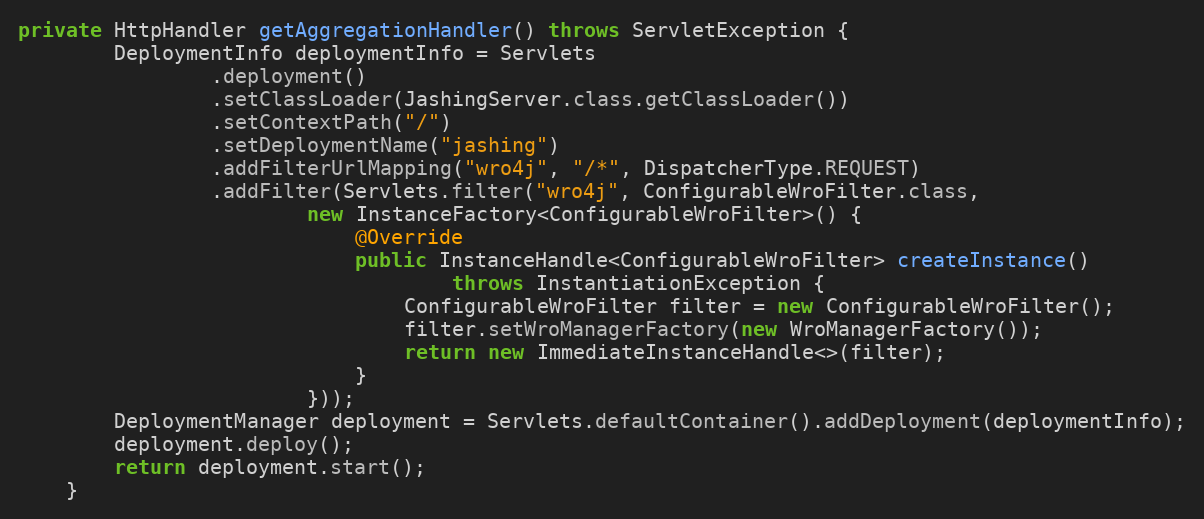
Language: Java
private HttpHandler getAggregationHandler() throws ServletException {
        DeploymentInfo deploymentInfo = Servlets
                .deployment()
                .setClassLoader(JashingServer.class.getClassLoader())
                .setContextPath("/")
                .setDeploymentName("jashing")
                .addFilterUrlMapping("wro4j", "/*", DispatcherType.REQUEST)
                .addFilter(Servlets.filter("wro4j", ConfigurableWroFilter.class,
                        new InstanceFactory<ConfigurableWroFilter>() {
                            @Override
                            public InstanceHandle<ConfigurableWroFilter> createInstance()
                                    throws InstantiationException {
                                ConfigurableWroFilter filter = new ConfigurableWroFilter();
                                filter.setWroManagerFactory(new WroManagerFactory());
                                return new ImmediateInstanceHandle<>(filter);
                            }
                        }));
        DeploymentManager deployment = Servlets.defaultContainer().addDeployment(deploymentInfo);
        deployment.deploy();
        return deployment.start();
    }